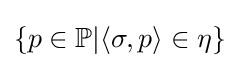
\{p\in \mathbb {P} |\langle \sigma ,p\rangle \in \eta \}